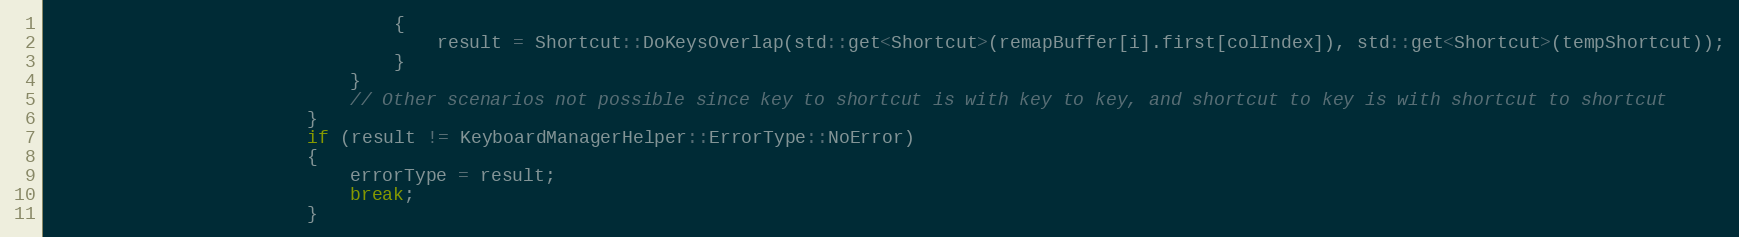
Language: C++
                                {
                                    result = Shortcut::DoKeysOverlap(std::get<Shortcut>(remapBuffer[i].first[colIndex]), std::get<Shortcut>(tempShortcut));
                                }
                            }
                            // Other scenarios not possible since key to shortcut is with key to key, and shortcut to key is with shortcut to shortcut
                        }
                        if (result != KeyboardManagerHelper::ErrorType::NoError)
                        {
                            errorType = result;
                            break;
                        }